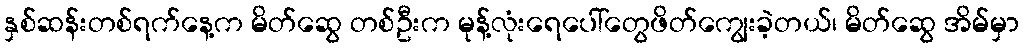
နှစ်ဆန်းတစ်ရက်နေ့က မိတ်ဆွေ တစ်ဦးက မုန့်လုံးရေပေါ်တွေဖိတ်ကျွေးခဲ့တယ်၊ မိတ်ဆွေ အိမ်မှာ